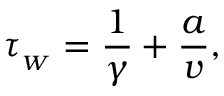
\tau _ { _ { W } } = \frac { 1 } { \gamma } + \frac { a } { v } ,